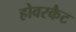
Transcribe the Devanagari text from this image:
होवरकैट